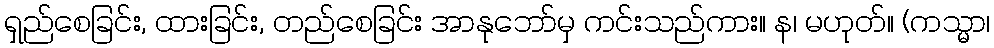
ရှည်စေခြင်း, ထားခြင်း, တည်စေခြင်း အာနုဘော်မှ ကင်းသည်ကား။ န၊ မဟုတ်။ (ကသ္မာ၊